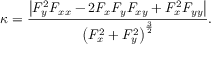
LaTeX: \kappa = { \frac { \left| F _ { y } ^ { 2 } F _ { x x } - 2 F _ { x } F _ { y } F _ { x y } + F _ { x } ^ { 2 } F _ { y y } \right| } { \left( F _ { x } ^ { 2 } + F _ { y } ^ { 2 } \right) ^ { \frac { 3 } { 2 } } } } .